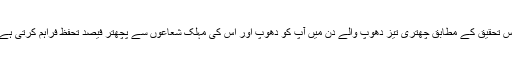
اس تحقیق کے مطابق چھتری تیز دھوپ والے دن میں آپ کو دھوپ اور اس کی مہلک شعاعوں سے پچھتر فیصد تحفظ فراہم کرتی ہے۔